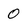
Character: 0